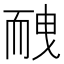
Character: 𦓕